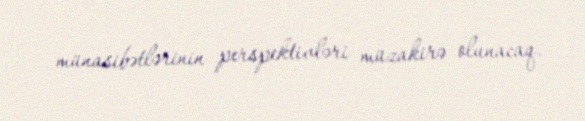
münasibətlərinin perspektivləri müzakirə olunacaq.